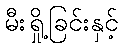
မီးရှို့ခြင်းနှင့်